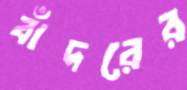
বাঁদরের